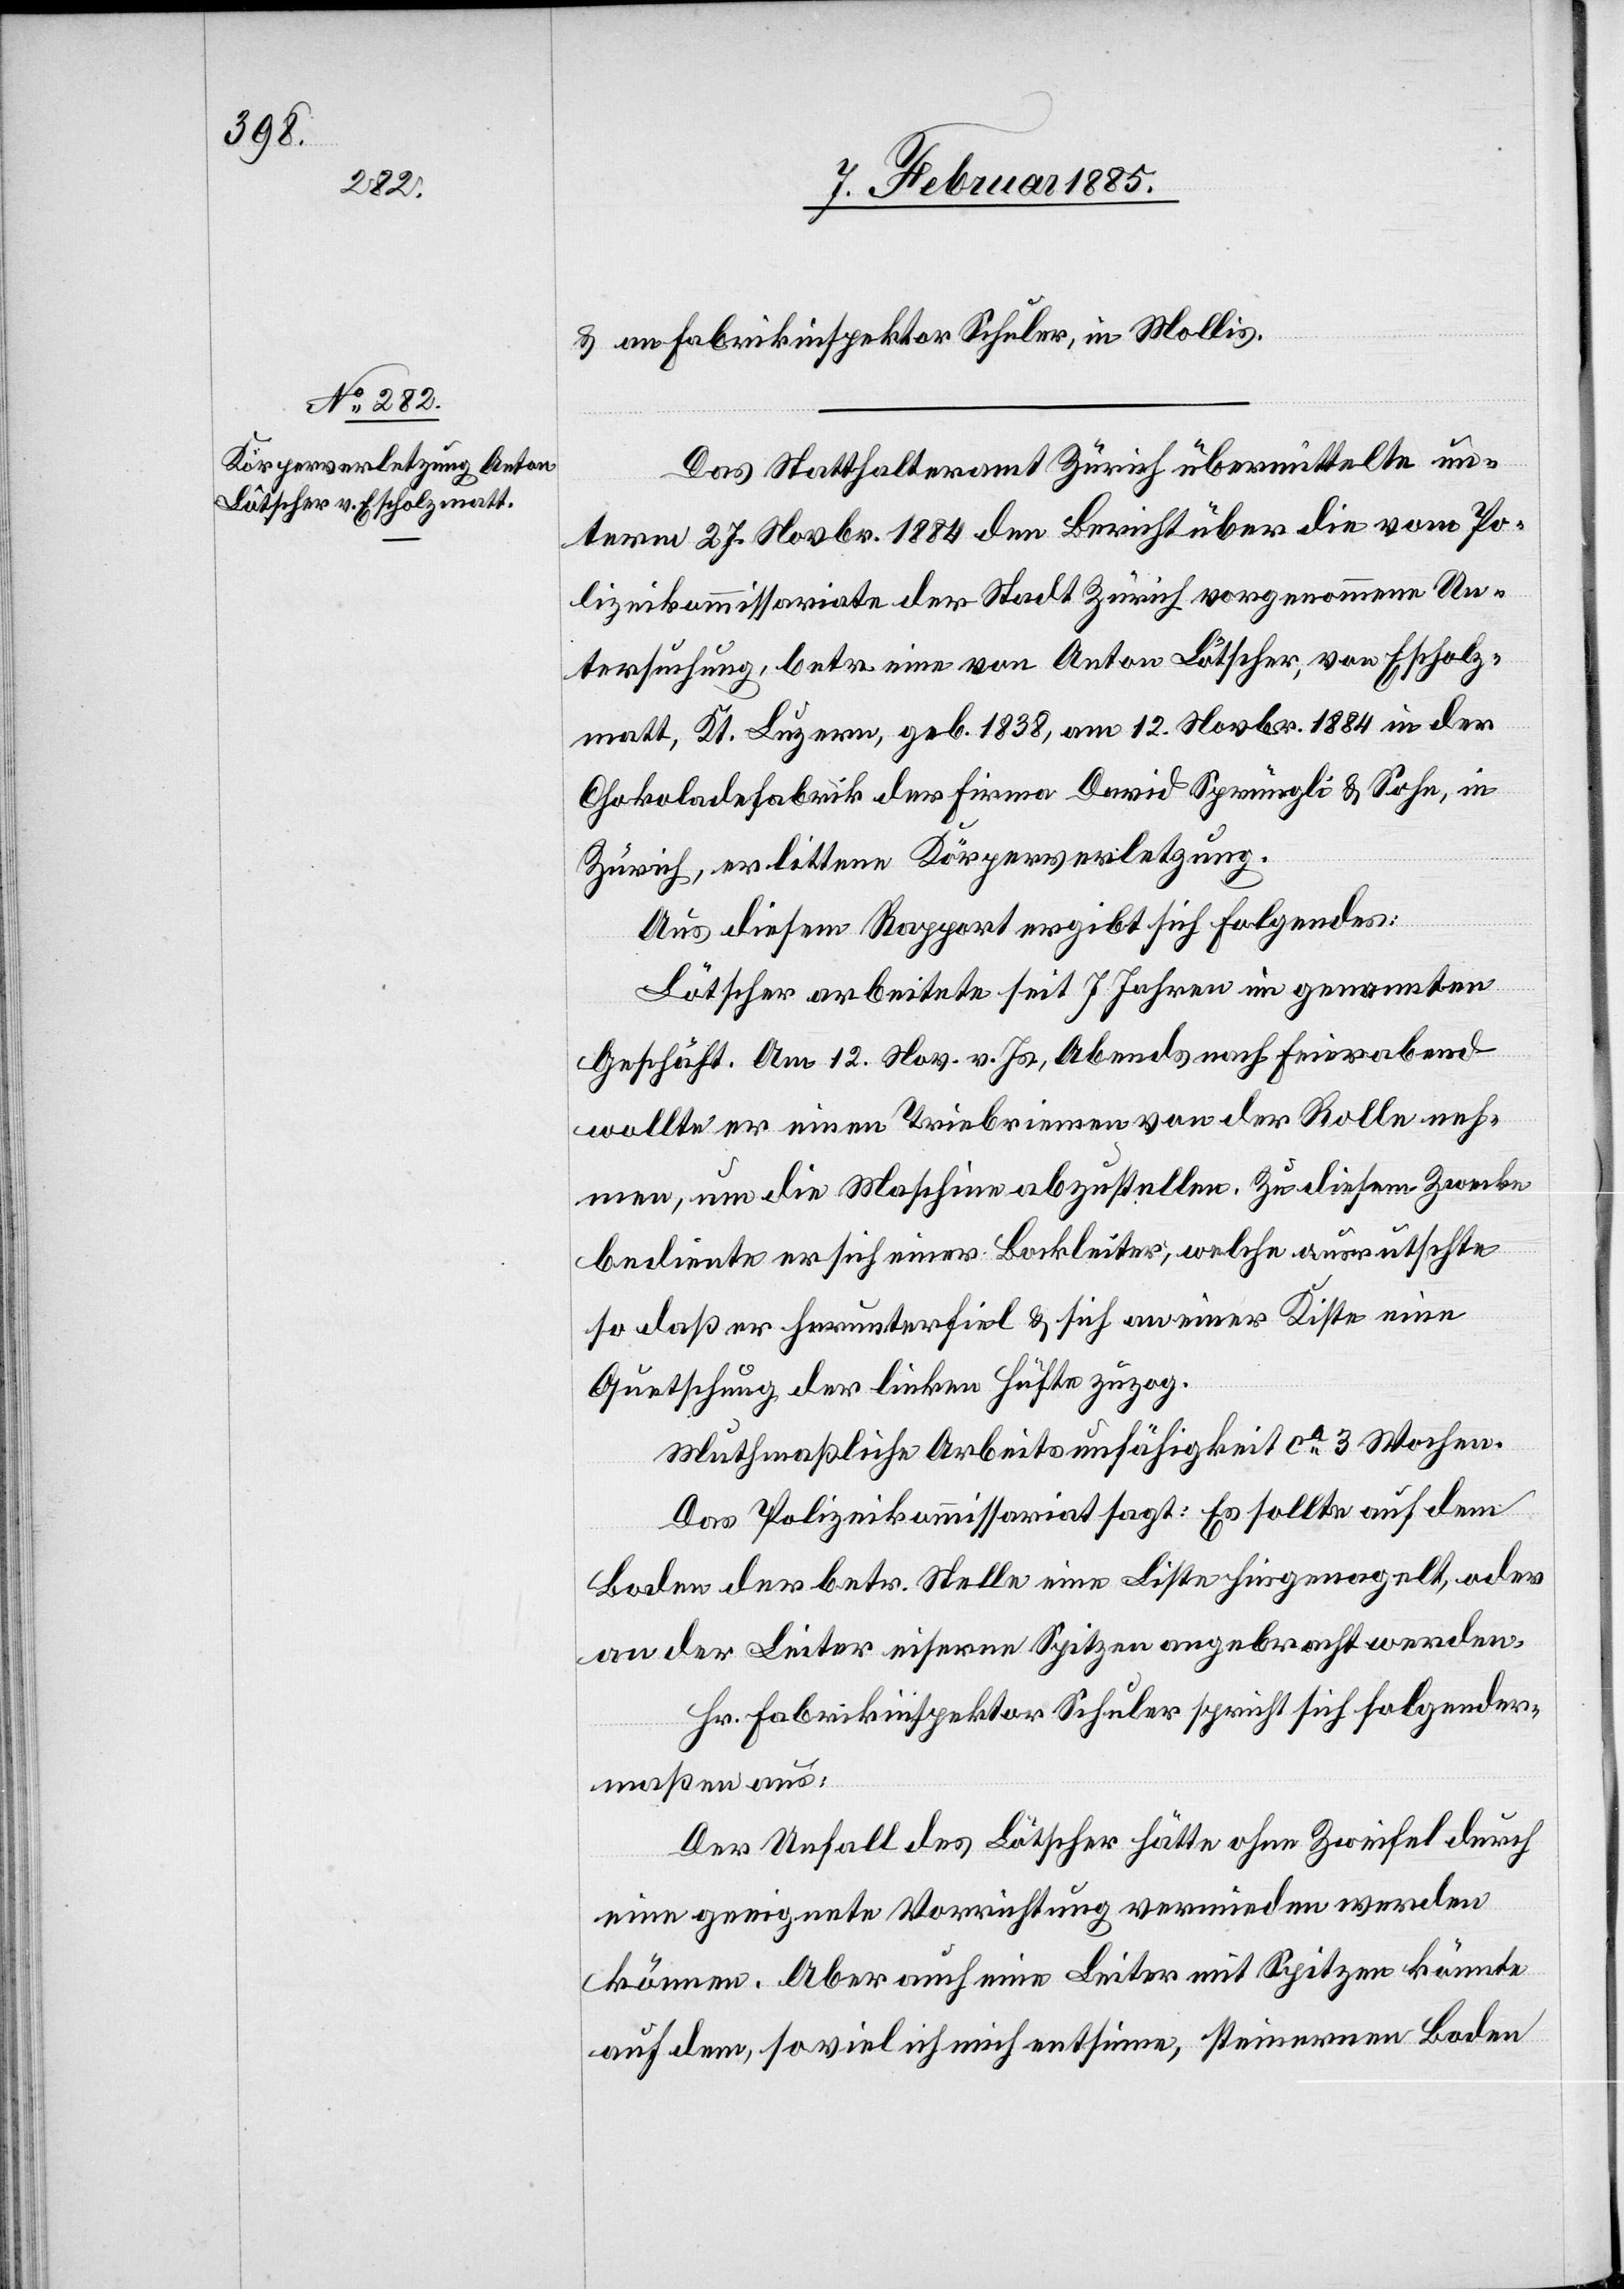
& an Fabrikinspektor Schuler, in Mollis.
Das Statthalteramt Zürich übermittelte un¬
term 27. Novbr. 1884 den Bericht über die vom Po¬
lizeikommissariate der Stadt Zürich vorgenommene Un¬
tersuchung, betr. einer von Anton Lötscher, von Escholz¬
matt, Kt. Luzern, geb. 1838, am 12. Novbr. 1884 in der
Chokoladenfabrik der Firma David Sprüngli & Sohn, in
Zürich, erlittene Körperverletzung.
Aus diesem Rapport ergibt sich folgendes:
Lötscher arbeitete seit 7 Jahren im genannten
Geschäft. Am 12. Nov. v. Js., Abends nach Feierabend
wollte er einen Triebriemen von der Rolle neh¬
men, um die Maschine abzustellen. Zu diesem Zwecke
bediente er sich einer Bockleiter, welcher ausrutschte
so daß er herunterfiel & sich an einer Kiste eine
Quetschung der linken Hüfte zuzog.
Muthmaßliche Arbeitsunfähigkeit ca 3 Wochen.
Das Polizeikommissariat sagt: Es sollte auf dem
Boden der betr. Stelle eine Liste hingenagelt, oder
an der Leiter eiserne Spitzen angebracht werden.
Hr. Fabrikinspektor Schuler spricht sich folgender¬
maßen aus:
Der Unfall des Lötscher hätte ohne Zweifel durch
eine geeignete Vorrichtung vermieden werden
können. Aber auch eine Leiter mit Spitzen könnte
auf dem, soviel ich mich entsinne, steinernen Boden